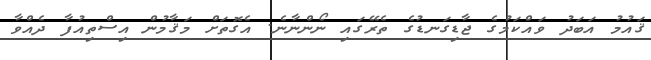
ޤައުމު އަބަދު ވައްކަމުގެ ޖާޑިގަނޑުގެ ތެރޭގައި ނޯންނާނެ. އެގޮތަށް މަޤާމުން އިސްތިއުފާ ދެއްވާ